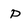
Character: P